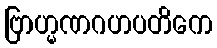
ဗြာဟ္မဏဂဟပတိကေ